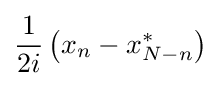
{\frac {1}{2i}}\left(x_{n}-x_{N-n}^{*}\right)